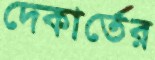
দেকার্তের